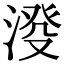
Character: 𣸍